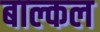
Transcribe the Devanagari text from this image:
बाल्कल